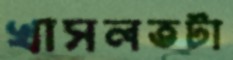
খাসলতটা